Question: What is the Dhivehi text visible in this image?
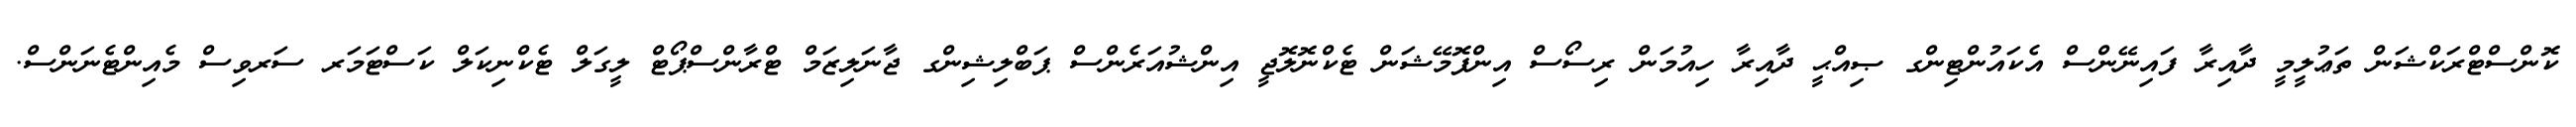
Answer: ކޮންސްޓްރަކްޝަން ތަޢުލީމީ ދާއިރާ ފައިނޭންސް އެކައުންޓިންގ ޞިއްޙީ ދާއިރާ ހިއުމަން ރިސޯސް އިންފޮމޭޝަން ޓެކްނޮލޮޖީ އިންޝުއަރެންސް ޕަބްލިޝިންގ ޖާނަލިޒަމް ޓްރާންސްޕޯޓް ލީގަލް ޓެކްނިކަލް ކަސްޓަމަރ ސަރވިސް މެއިންޓެނަންސް.